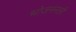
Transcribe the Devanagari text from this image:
भोजननली